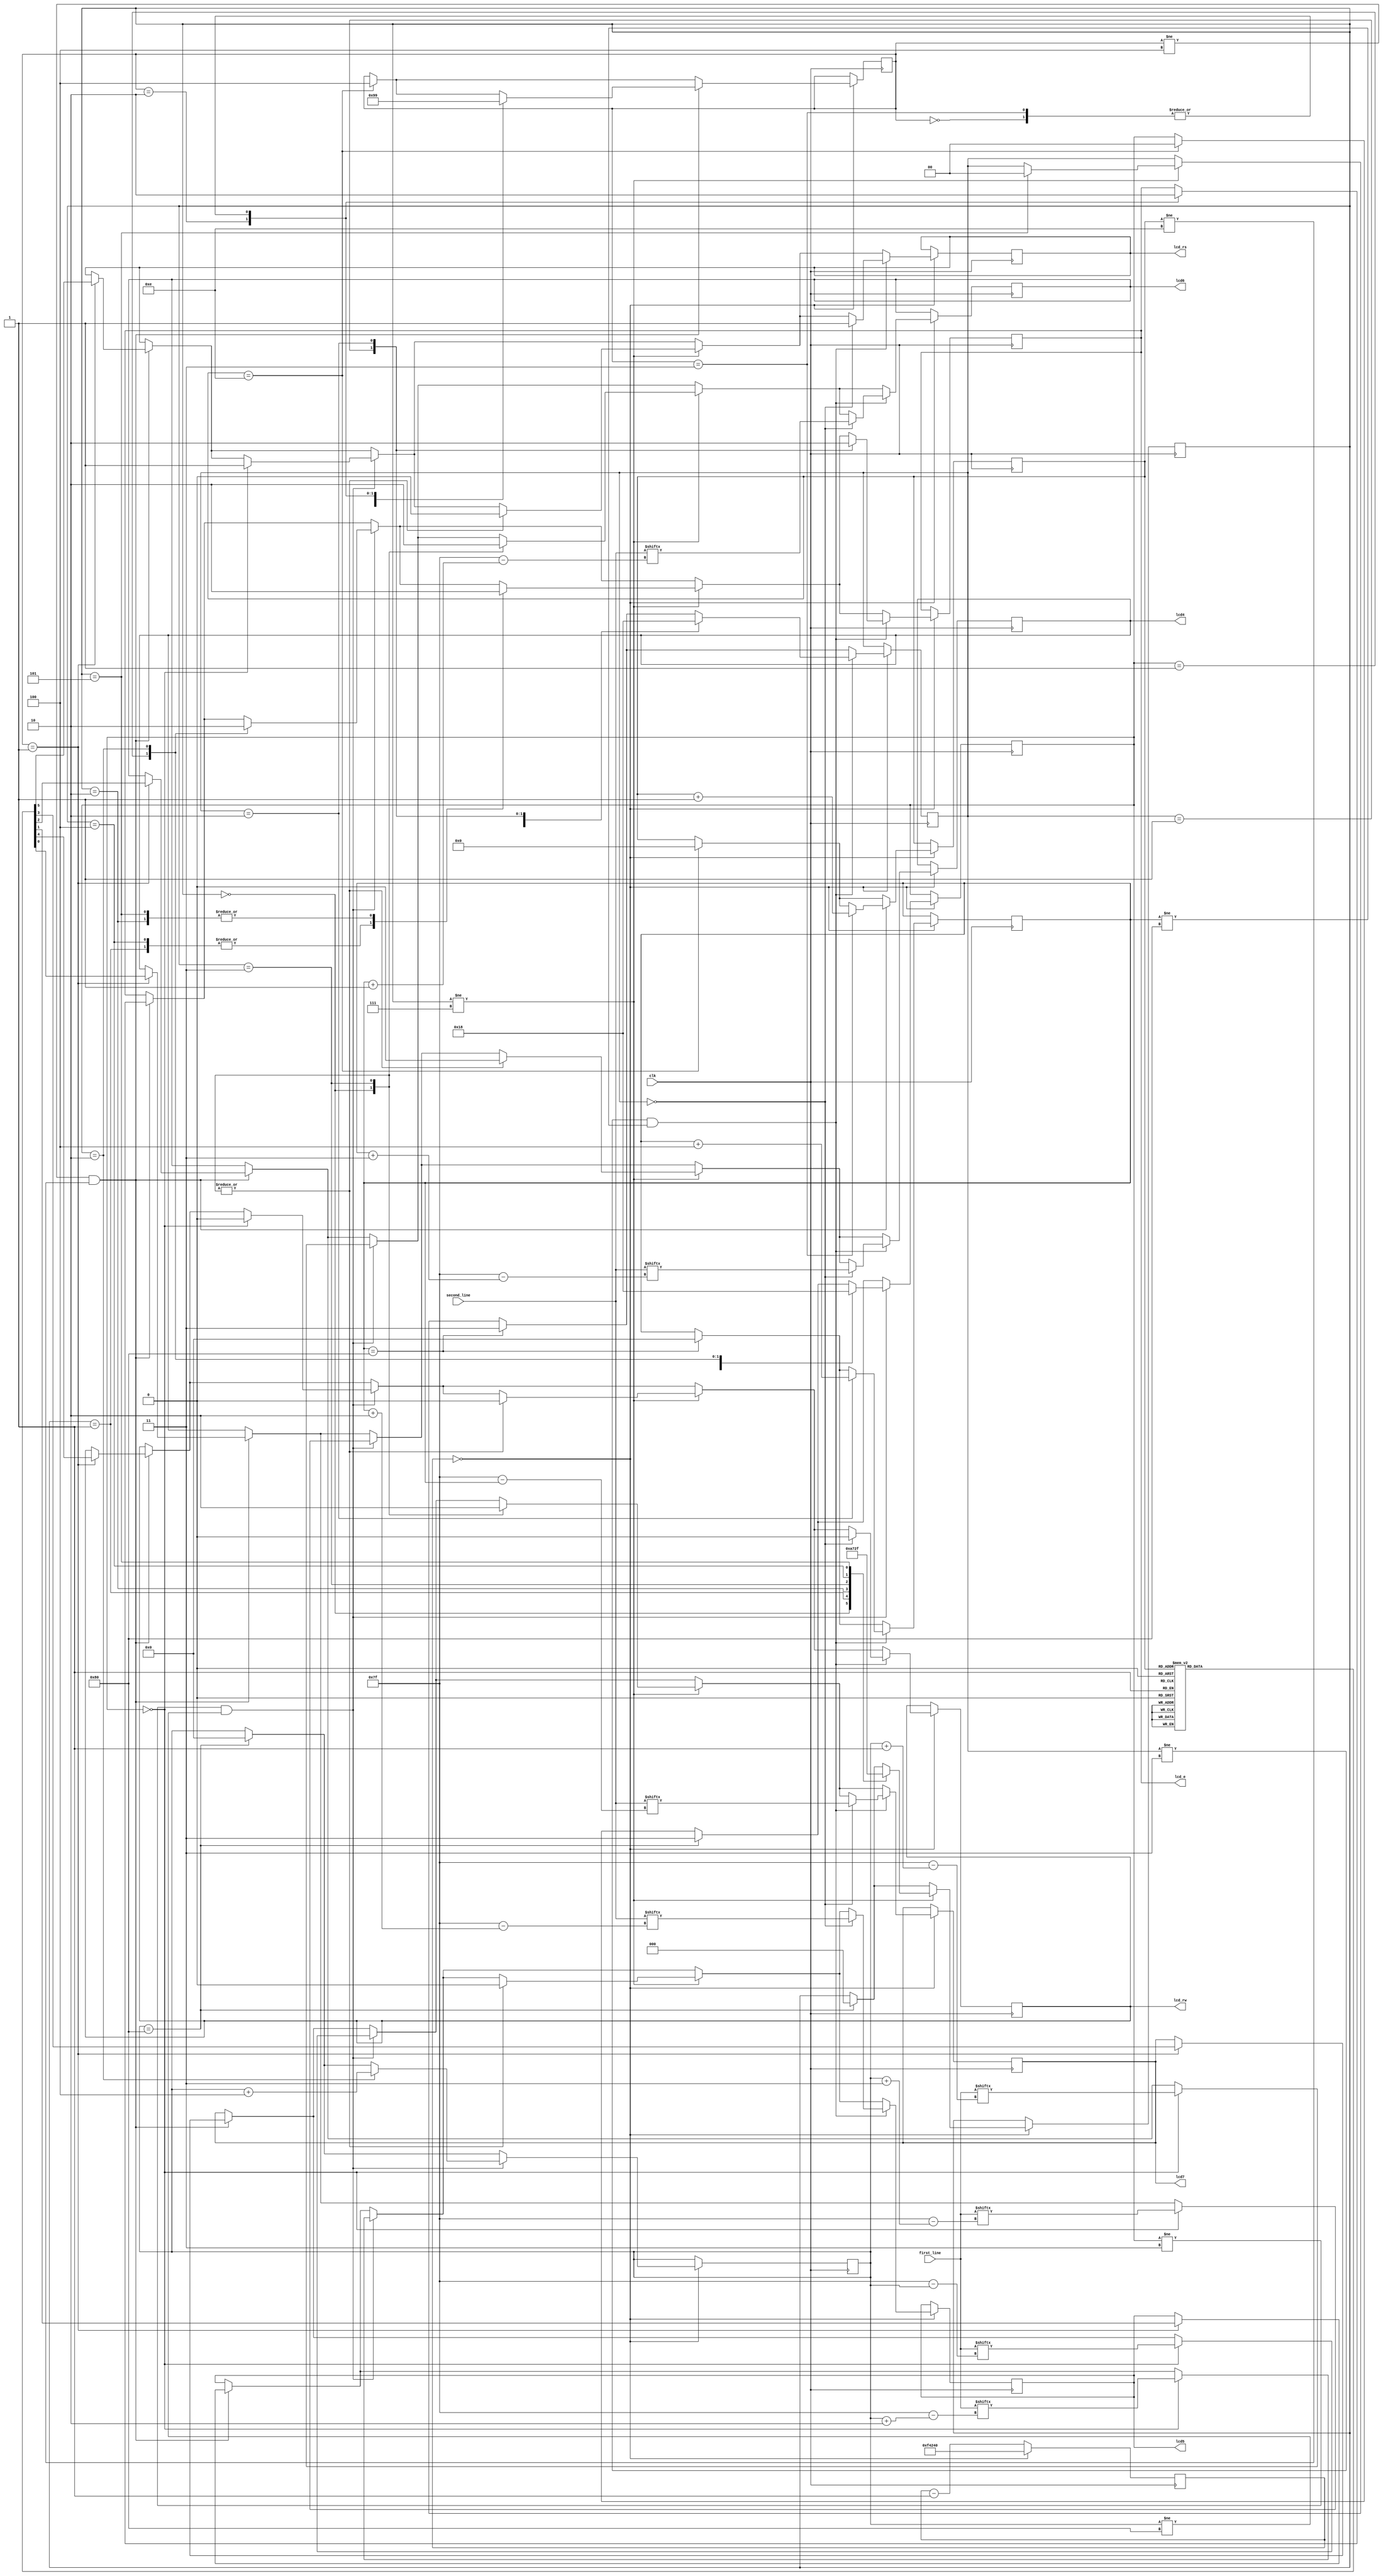
`timescale 1ns / 1ps
//////////////////////////////////////////////////////////////////////////////////
// Company: 
// Engineer: 
// 
// Design Name: 
// Module Name:    lcd 
// Project Name: 
// Target Devices: 
// Tool versions: 
// Description: 
//
// Dependencies: 
//
// Revision: 
// Revision 0.01 - File Created
// Additional Comments: 
//
//////////////////////////////////////////////////////////////////////////////////
module lcd(
	first_line,
	second_line,
	clk,
	lcd_rs,
	lcd_rw,
	lcd_e,
	lcd4,
	lcd5,
	lcd6,
	lcd7
    );

	input [0:127] first_line;
	input [0:127] second_line;
	input clk;
	output lcd_rs, lcd_rw, lcd_e, lcd4, lcd5, lcd6, lcd7;
	reg lcd_rs, lcd_rw, lcd_e, lcd4, lcd5, lcd6, lcd7;

	reg [7:0] first_line_index = 0;
	reg [1:0] first_line_state = 3;
	 
	reg [7:0] second_line_index = 0;
	reg [1:0] second_line_state = 3;
	 
	reg [31:0] counter = 500000000;
	reg [2:0] next_state = 0;
	 
	reg [2:0] line_break_state = 7;
	 
	reg [5:0] init_ROM [0:13];
	reg [3:0] init_ROM_index = 0;
	 
	// Initialization code
	initial begin
		init_ROM[0] = 6'h03;
		init_ROM[1] = 6'h03;
		init_ROM[2] = 6'h03;
		init_ROM[3] = 6'h02;
		init_ROM[4] = 6'h02;
		init_ROM[5] = 6'h08;
		init_ROM[6] = 6'h00;
		init_ROM[7] = 6'h06;
		init_ROM[8] = 6'h00;
		init_ROM[9] = 6'h0c;
		init_ROM[10] = 6'h00;
		init_ROM[11] = 6'h01;
		init_ROM[12] = 6'h08;
		init_ROM[13] = 6'h00;
	end
	
	always @ (posedge clk) begin
	   	if (counter == 0) begin
		   	counter <= 1_000_000;
			
			// Initialization state machine
			if (init_ROM_index == 14) begin
				next_state <= 4;
				init_ROM_index <= 0;
				first_line_state <= 0;
			end
					
			if ((next_state != 4) && (init_ROM_index != 14)) begin
			  	case (next_state)
			    		0: begin
						lcd_e <= 0;
						next_state <= 1;
               		    		end
					
                            		1: begin
						{lcd_rs, lcd_rw, lcd7, lcd6, lcd5, lcd4} <= init_ROM[init_ROM_index];
						next_state <= 2;
			    		end
					
			    		2: begin
						lcd_e <= 1;
						next_state <= 3;
			    		end
					
			    		3: begin
						lcd_e <= 0;
						next_state <= 1;
						init_ROM_index <= init_ROM_index + 1;
			    		end
			  	endcase
			end
			
			// First line state machine
			if (first_line_index == 128) begin
				first_line_state <= 3;
				first_line_index <= 0;
				line_break_state <= 0;
			end
			if ((first_line_state != 3) && (first_line_index != 128)) begin
				case (first_line_state)
					0: begin
						{lcd_rs, lcd_rw, lcd7, lcd6, lcd5, lcd4} <= {2'h2,first_line[first_line_index],first_line[first_line_index+1],first_line[first_line_index+2],first_line[first_line_index+3]};
						first_line_state <= 1;
					end
						
					1: begin
						lcd_e <= 1;
						first_line_state <= 2;
					end
					
					2: begin
						lcd_e <= 0;
						first_line_state <= 0;
						first_line_index <= first_line_index+4;
					end
				endcase
			end
			
			// Line break state machine
			if (line_break_state != 7) begin
				case (line_break_state)
					0: begin
						{lcd_rs, lcd_rw, lcd7, lcd6, lcd5, lcd4} <= 6'h0c;
						line_break_state <= 1;
					end
						
					1: begin
						lcd_e <= 1;
						line_break_state <= 2;
					end
						
					2: begin
						lcd_e <= 0;
						line_break_state <= 3;
					end
						
					3: begin
						{lcd_rs, lcd_rw, lcd7, lcd6, lcd5, lcd4} <= 6'h00;
						line_break_state <= 4;
					end
						
					4: begin
						lcd_e <= 1;
						line_break_state <= 5;
					end
						
					5: begin
						lcd_e <= 0;
						line_break_state <= 7;
						second_line_state <= 0;
					end
				endcase
			end
			
			// Second line state machine
			if (second_line_index == 128) begin
				second_line_state <= 3;
				second_line_index <= 0;
			end
			if ((second_line_state != 3) && (second_line_index != 128)) begin
				case (second_line_state)
					0: begin
						{lcd_rs, lcd_rw, lcd7, lcd6, lcd5, lcd4} <= {2'h2,second_line[second_line_index],second_line[second_line_index+1],second_line[second_line_index+2],second_line[second_line_index+3]};
						second_line_state <= 1;
					end
						
					1: begin
						lcd_e <= 1;
						second_line_state <= 2;
					end
					
					2: begin
						lcd_e <= 0;
						second_line_state <= 0;
						second_line_index <= second_line_index+4;
					end
				endcase
			end
		end
		else 
		begin 
		   	counter <= counter - 1;
		end
	end
endmodule